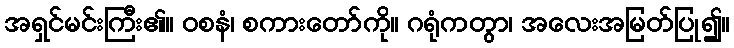
အရှင်မင်းကြီး၏။ ဝစနံ၊ စကားတော်ကို။ ဂရုံကတွာ၊ အလေးအမြတ်ပြု၍။